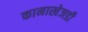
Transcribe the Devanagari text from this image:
कानाखेजडी